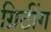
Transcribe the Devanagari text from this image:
ग्रिटींग